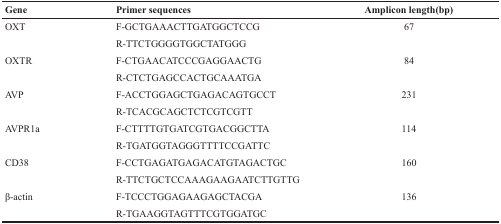
<table><thead><tr><td><b>Gene</b></td><td><b>Primer sequences</b></td><td><b>Amplicon length(bp)</b></td></tr></thead><tbody><tr><td>OXT</td><td>F-GCTGAAACTTGATGGCTCCG</td><td>67</td></tr><tr><td></td><td>R-TTCTGGGGTGGCTATGGG</td><td></td></tr><tr><td>OXTR</td><td>F-CTGAACATCCCGAGGAACTG</td><td>84</td></tr><tr><td></td><td>R-CTCTGAGCCACTGCAAATGA</td><td></td></tr><tr><td>AVP</td><td>F-ACCTGGAGCTGAGACAGTGCCT</td><td>231</td></tr><tr><td></td><td>R-TCACGCAGCTCTCGTCGTT</td><td></td></tr><tr><td>AVPR1a</td><td>F-CTTTTGTGATCGTGACGGCTTA</td><td>114</td></tr><tr><td></td><td>R-TGATGGTAGGGTTTTCCGATTC</td><td></td></tr><tr><td>CD38</td><td>F-CCTGAGATGAGACATGTAGACTGC</td><td>160</td></tr><tr><td></td><td>R-TTCTGCTCCAAAGAAGAATCTTGTTG</td><td></td></tr><tr><td>β-actin</td><td>F-TCCCTGGAGAAGAGCTACGA</td><td>136</td></tr><tr><td></td><td>R-TGAAGGTAGTTTCGTGGATGC</td><td></td></tr></tbody></table>